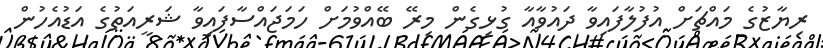
ރިޔާޒުގެ މައްޗަށް އުފުލާފައިވާ ދައުވާއާ ގުޅިގެން މިރޭ ބޭއްވުމަށް ހަމަޖައްސާފައިވާ ޝަރީއަތުގެ އަޑުއެހުން